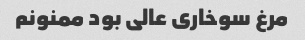
مرغ سوخاری عالی بود ممنونم